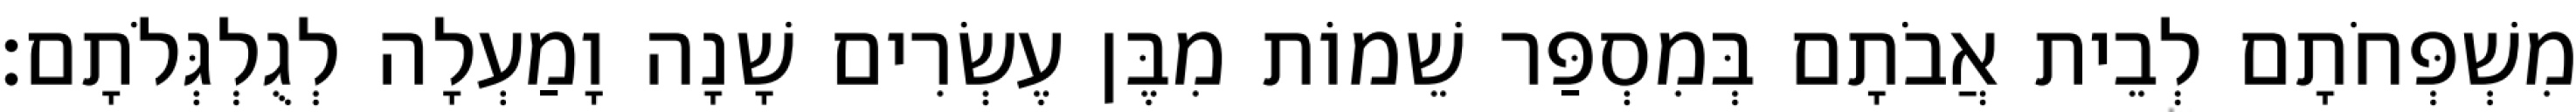
מִשְׁפְּחֹתָם לְבֵית אֲבֹתָם בְּמִסְפַּר שֵׁמוֹת מִבֶּן עֶשְׂרִים שָׁנָה וָמַעְלָה לְגֻלְגְּלֹתָם׃